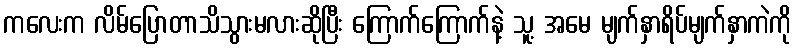
ကလေးက လိမ်ပြောတာသိသွားမလားဆိုပြီး ကြောက်ကြောက်နဲ့ သူ့ အမေ မျက်နှာရိပ်မျက်နှာကဲကို